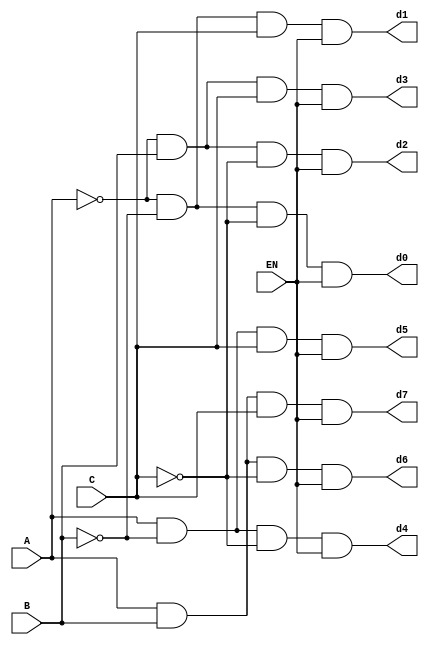
`timescale 1ns / 1ps

module decoder_3x8(A,B,C,EN,d0,d1,d2,d3,d4,d5,d6,d7);
input A,B,C,EN;
output d0,d1,d2,d3,d4,d5,d6,d7;
wire d0,d1,d2,d3,d4,d5,d6,d7;
assign d0 = ~(A) & ~(B) & ~(C) & EN;
assign d1 = ~(A) & ~(B) & (C) & EN;
assign d2 = ~(A) & (B) & ~(C) & EN;
assign d3 = ~(A) & (B) & (C) & EN;
assign d4 = (A) & ~(B) & ~(C) & EN;
assign d5 = (A) & ~(B) & (C) & EN;
assign d6 = (A) & (B) & ~(C) & EN;
assign d7 = (A) & (B) & (C) & EN;

endmodule